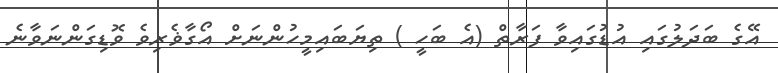
އޭގެ ބަދަލުގައި އުޑުގައިވާ ފަރާތް (އެ ބަހީ ) ތިޔަބައިމީހުންނަށް އޯގާޥެރިވެ ވޮޑިގަންނަވާނެ